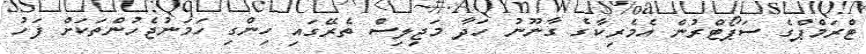
ޓްރަމްޕްގެ ސަޕޯޓްރުން އެމެރިކާގެ ގާނޫނު ހަދާ މަޖިލިސް ތެރޭގައި ހިންގި ހަމަނުޖެހުންތަކަށް ފަހު